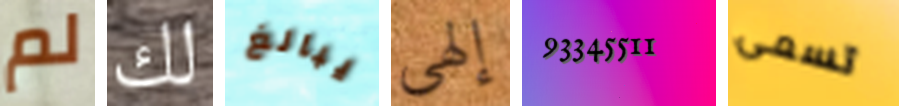
لم لك يبالغ إلهي 93345511 تسمى